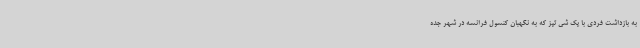
به بازداشت فردی با یک شی تیز که به نگهبان کنسول فرانسه در شهر جده